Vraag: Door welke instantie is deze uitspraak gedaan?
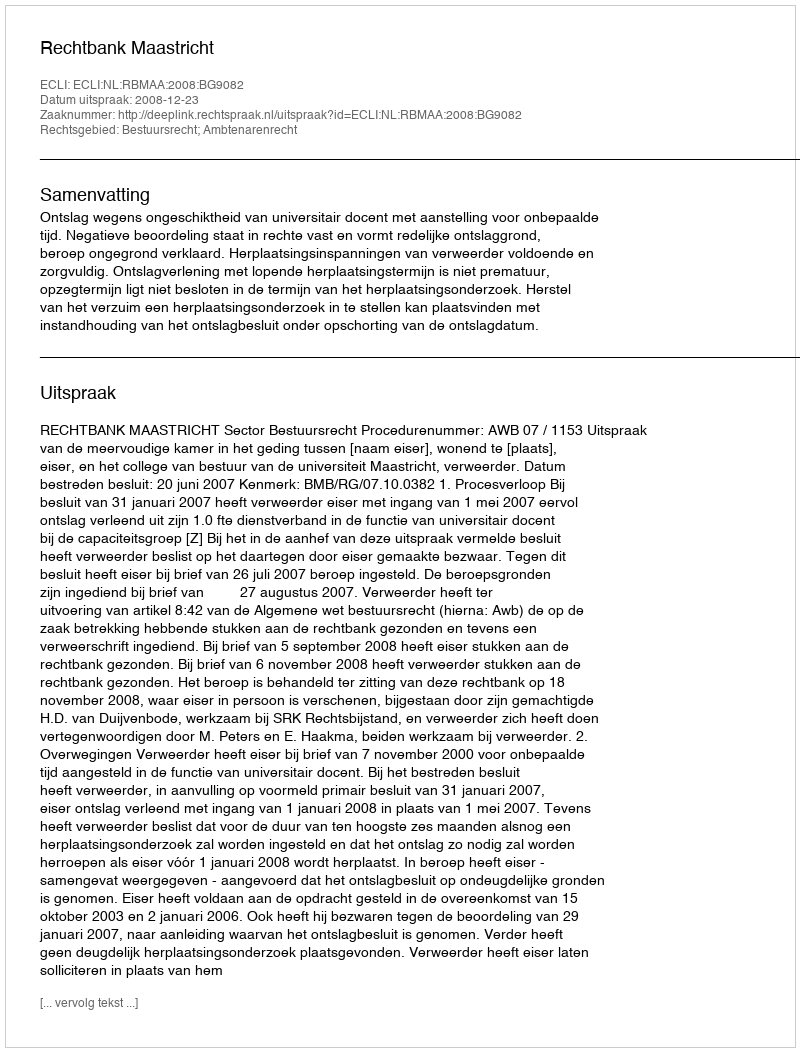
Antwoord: Rechtbank Maastricht